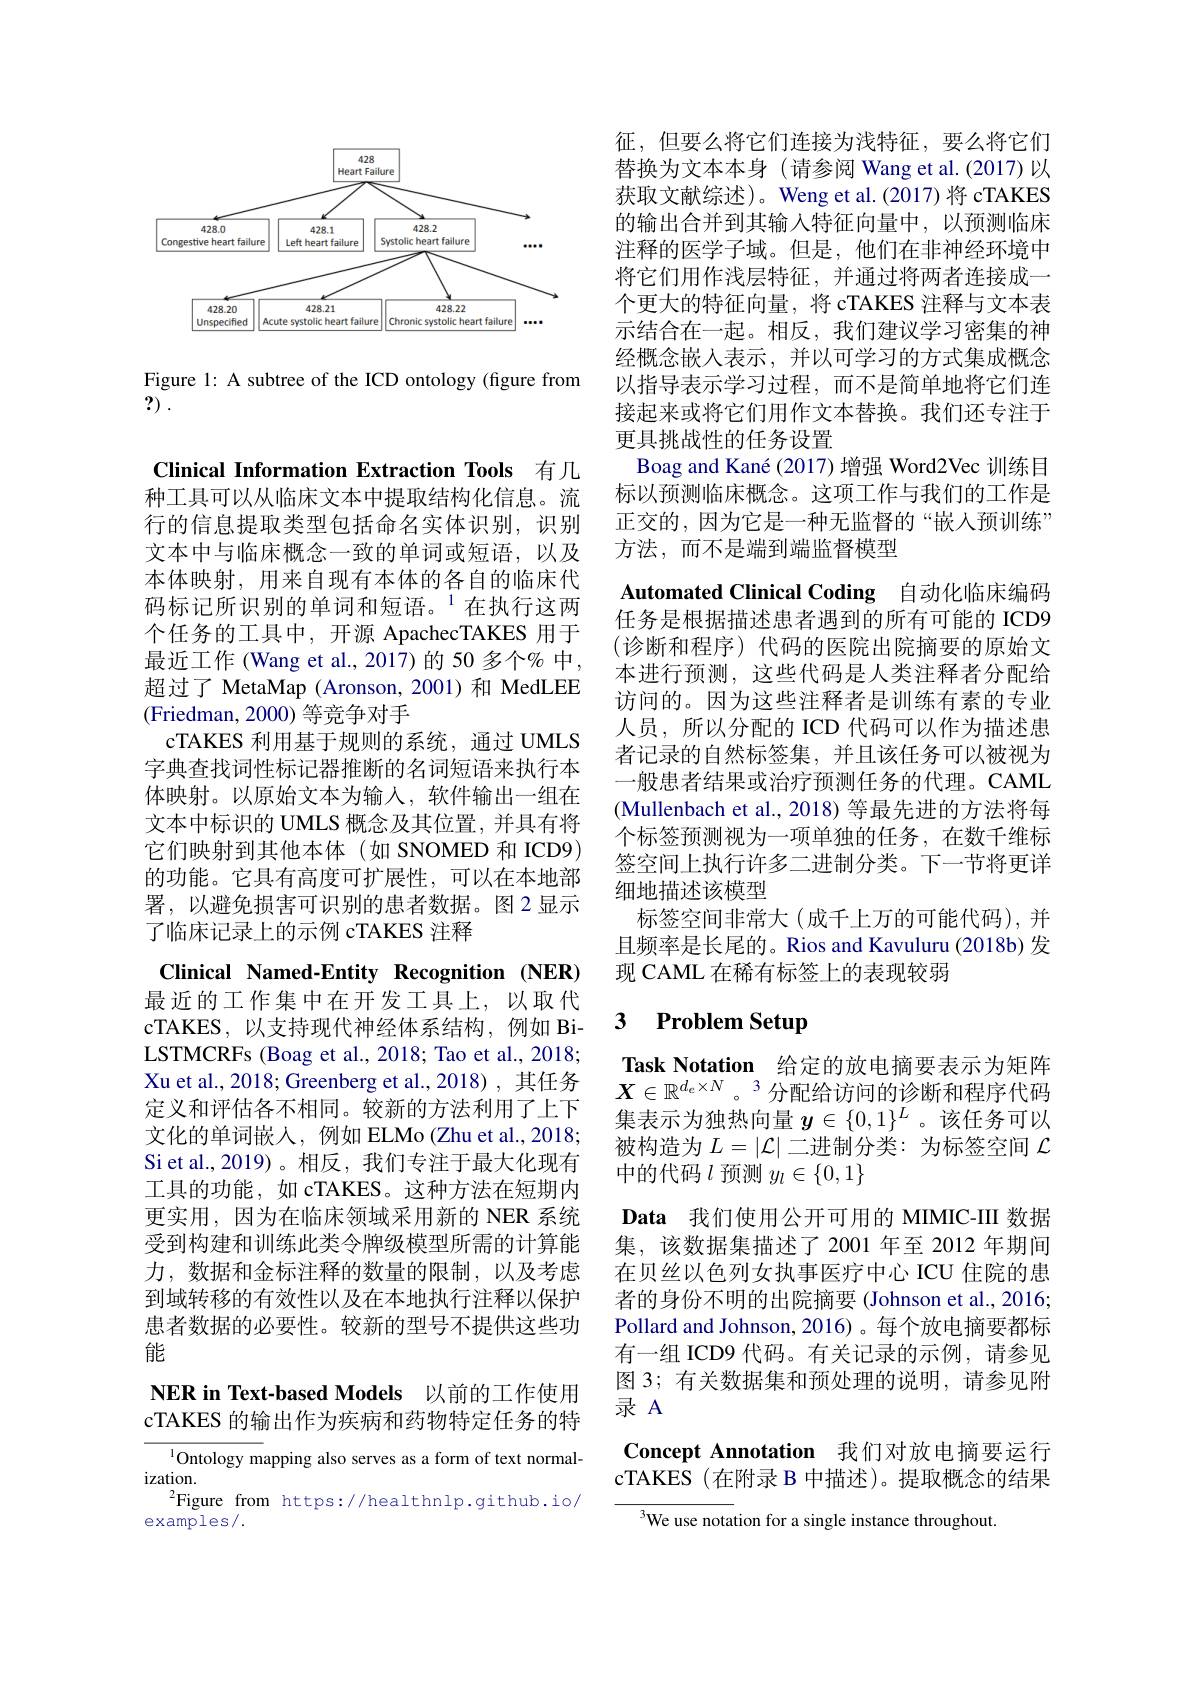
<FigureHere>

Figure 1: A subtree of the ICD ontology (figure from
?) .

Clinical Information Extraction Tools 有几种工具可以从临床文本中提取结构化信息。流行的信息提取类型包括命名实体识别，识别文本中与临床概念一致的单词或短语，以及本体映射，用来自现有本体的各自的临床代码标记所识别的单词和短语。$^{1}$在执行这两个任务的工具中，开源 ApachecTAKES 用于最近工作 (Wang et al., 2017)的 50 多个% 中， 超过了 MetaMap (Aronson,2001)和 MedLEE (Friedman, 2000) 等竞争对手
cTAKES 利用基于规则的系统，通过 UMLS 字典查找词性标记器推断的名词短语来执行本体映射。以原始文本为输入，软件输出一组在文本中标识的 UMLS 概念及其位置，并具有将它们映射到其他本体(如 SNOMED 和 ICD9) 的功能。它具有高度可扩展性，可以在本地部署，以避免损害可识别的患者数据。图2显示了临床记录上的示例 cTAKES 注释

Clinical Named-Entity Recognition (NER) 最近的工作集中在开发工具上，以取代cTAKES, 以支持现代神经体系结构，例如 BiLSTMCRFs (Boag et al., 2018; Tao et al., 2018; Xu et al., 2018; Greenberg et al., 2018) , 其任务定义和评估各不相同。较新的方法利用了上下文化的单词嵌入，例如 ELMo (Zhu et al., 2018; Si et al., 2019)。相反，我们专注于最大化现有工具的功能，如 cTAKES。这种方法在短期内更实用，因为在临床领域采用新的 NER 系统受到构建和训练此类令牌级模型所需的计算能力，数据和金标注释的数量的限制，以及考虑到域转移的有效性以及在本地执行注释以保护患者数据的必要性。较新的型号不提供这些功能
NER in Text-based Models 以前的工作使用cTAKES 的输出作为疾病和药物特定任务的特
${^{1}\text{Ontology m}}$apping also serves as a form of text normal-

$ization.$
$^2$Figure from https://healthnlp.github.io/
examples/ .

征，但要么将它们连接为浅特征，要么将它们替换为文本本身(请参阅 Wang et al.(2017)以获取文献综述)。Weng et al.(2017)将 cTAKES 的输出合并到其输入特征向量中，以预测临床注释的医学子域。但是，他们在非神经环境中将它们用作浅层特征，并通过将两者连接成一个更大的特征向量，将 cTAKES 注释与文本表示结合在一起。相反，我们建议学习密集的神经概念嵌入表示，并以可学习的方式集成概念以指导表示学习过程，而不是简单地将它们连接起来或将它们用作文本替换。我们还专注于更具挑战性的任务设置
Boag and Kané (2017)增强 Word2Vec 训练目标以预测临床概念。这项工作与我们的工作是正交的，因为它是一种无监督的“嵌入预训练” 方法，而不是端到端监督模型
Automated Clinical Coding 自动化临床编码任务是根据描述患者遇到的所有可能的 ICD9 (诊断和程序)代码的医院出院摘要的原始文本进行预测，这些代码是人类注释者分配给访问的。因为这些注释者是训练有素的专业人员，所以分配的 ICD 代码可以作为描述患者记录的自然标签集，并且该任务可以被视为一般患者结果或治疗预测任务的代理。CAML (Mullenbach et al., 2018) 等最先进的方法将每个标签预测视为一项单独的任务，在数千维标签空间上执行许多二进制分类。下一节将更详细地描述该模型
标签空间非常大(成千上万的可能代码),并且频率是长尾的。Rios and Kavuluru (2018b) 发现 CAML 在稀有标签上的表现较弱

## 3 $\textbf{Problem Setup}$

Task Notation 给定的放电摘要表示为矩阵$X\in\mathbb{R}^{d_e\times N}$。3 分配给访问的诊断和程序代码集表示为独热向量$y\in\{0,1\}^L$ 。该任务可以被构造为$L=|\mathcal{L}|$二进制分类：为标签空间$\mathcal{L}$ 中的代码$l$预测$y_l\in\{0,1\}$

Data 我们使用公开可用的 MIMIC-III 数据集，该数据集描述了2001年至 2012 年期间在贝丝以色列女执事医疗中心 ICU 住院的患者的身份不明的出院摘要 (Johnson et al., 2016; Pollard and Johnson, 2016)。每个放电摘要都标有一组 ICD9 代码。有关记录的示例，请参见图 3; 有关数据集和预处理的说明，请参见附录 A
Concept Annotation 我们对放电摘要运行

cTAKES (在附录 B 中描述)。提取概念的结果

We use notation for a single instance throughout.